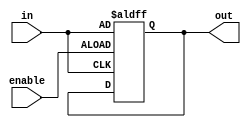
module enable_latch(
  input enable,
  input in,
  output reg out
);

always @(posedge enable or posedge in)
begin
  if(enable)
    out <= in;
end

endmodule